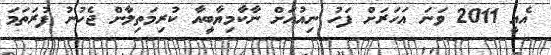
އެއީ 2011 ވަނަ އަހަރަށް ފަހު ނިއުއަށް ނާކާމިޔާބީއާ ކުރިމަތިލާން ޖެހުނު ފުރަތަމަ